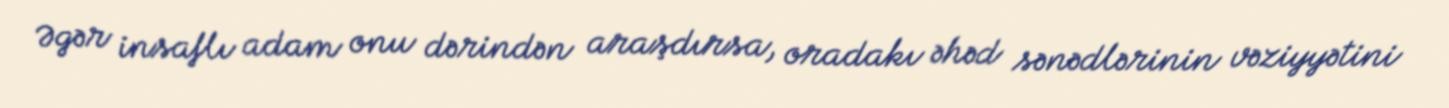
Əgər insaflı adam onu dərindən araşdırsa, oradakı əhəd sənədlərinin vəziyyətini